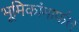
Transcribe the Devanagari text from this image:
भूमिकांमार्फत